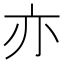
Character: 亦